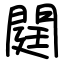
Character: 閮